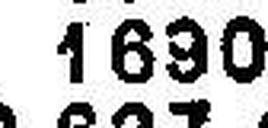
1690